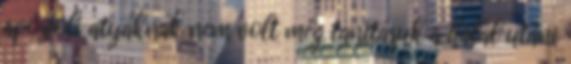
apostoli atyáknak nem volt még tanításuk a halál utáni